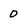
Character: 0